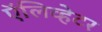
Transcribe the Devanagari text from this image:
ऍलिव्हेटर